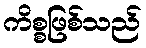
ကိစ္စဖြစ်သည်